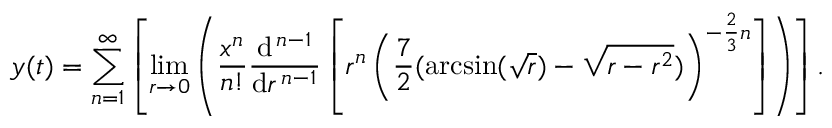
y ( t ) = \sum _ { n = 1 } ^ { \infty } \left[ \operatorname* { l i m } _ { r \to 0 } \left( { \frac { x ^ { n } } { n ! } } { \frac { \mathrm { d } ^ { \, n - 1 } } { \mathrm { d } r ^ { \, n - 1 } } } \left[ r ^ { n } \left( { \frac { 7 } { 2 } } ( \arcsin ( { \sqrt { r } } ) - { \sqrt { r - r ^ { 2 } } } ) \right) ^ { - { \frac { 2 } { 3 } } n } \right] \right) \right] .